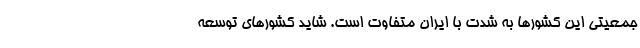
جمعیتی این کشورها به شدت با ایران متفاوت است. شاید کشورهای توسعه‌